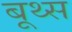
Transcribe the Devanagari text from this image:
बूथ्स